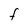
Character: F